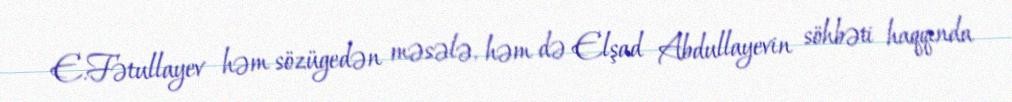
E.Fətullayev həm sözügedən məsələ, həm də Elşad Abdullayevin söhbəti haqqında